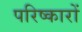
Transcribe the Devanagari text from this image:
परिष्कारों